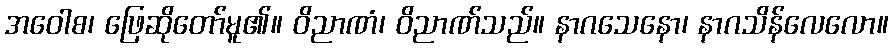
အဝေါစ၊ ဖြေဆိုတော်မူ၏။ ဝိညာဏံ၊ ဝိညာဏ်သည်။ နာဂသေနော၊ နာဂသိန်လေလော။